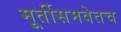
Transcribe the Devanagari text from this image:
मूर्तीसमवेतच